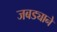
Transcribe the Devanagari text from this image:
जबड्याने